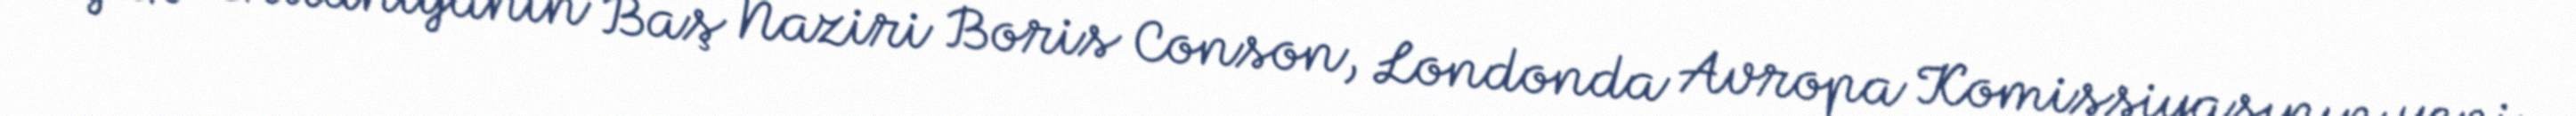
Böyük Britaniyanın Baş Naziri Boris Conson, Londonda Avropa Komissiyasının yeni